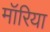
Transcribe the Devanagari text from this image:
मॉरिया